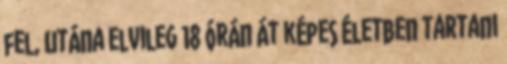
fel, utána elvileg 18 órán át képes életben tartani